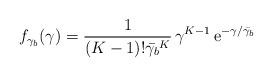
LaTeX: \begin{align*} f_{\gamma_b}(\gamma) = \frac{1}{(K - 1)! \bar{\gamma_b}^K} \, \gamma^{K - 1} \, \mathrm{e}^{-\gamma / \bar{\gamma_b}}\end{align*}